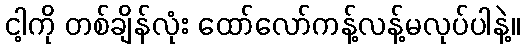
ငါ့ကို တစ်ချိန်လုံး ထော်လော်ကန့်လန့်မလုပ်ပါနဲ့။